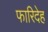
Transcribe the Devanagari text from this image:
फारिदेह